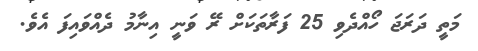
މަތީ ދަރަޖަ ހޯއްދެވި 25 ފަރާތަކަށް ރޭ ވަނީ އިނާމު ދެއްވައިފަ އެވެ.